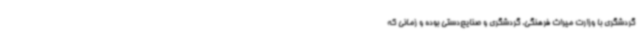
گردشگری با وزارت میراث فرهنگی، گردشگری و صنایع‌دستی بوده و زمانی که